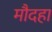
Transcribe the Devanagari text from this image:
मौदहा